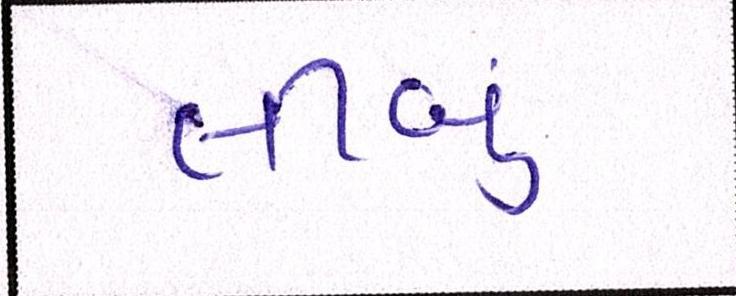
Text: લીબું